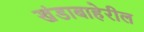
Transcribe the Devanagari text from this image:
खंडाबाहेरील